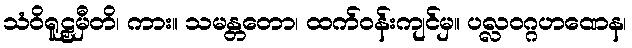
သံဝိရူဠှမှီတိ၊ ကား။ သမန္တတော၊ ထက်ဝန်းကျင်မှ။ ပလ္လဝဂ္ဂဟဏေန၊